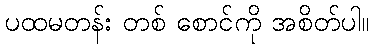
ပထမတန်း တစ် စောင်ကို အစိတ်ပါ။